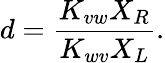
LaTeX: d=\frac{K_{vw}X_{R}}{K_{wv}X_{L}}.